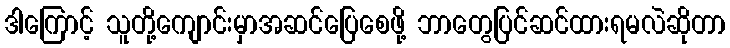
ဒါကြောင့် သူတို့ကျောင်းမှာအဆင်ပြေစေဖို့ ဘာတွေပြင်ဆင်ထားရမလဲဆိုတာ